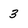
Character: 3